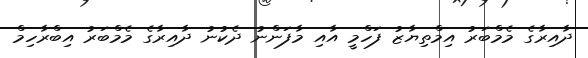
ދާއިރާގެ މެމްބަރު އިމްތިޔާޒު ފަހްމީ އާއި މާފަންނު ދެކުނު ދާއިރާގެ މެމްބަރު އިބްރާހިމް